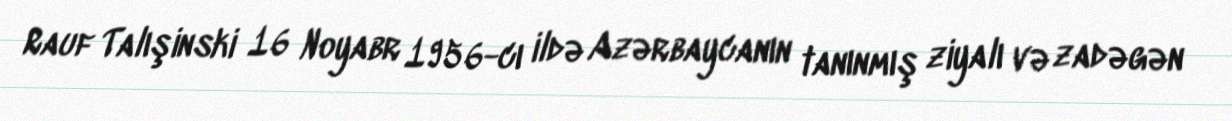
Rauf Talışinski 16 Noyabr 1956-cı ildə Azərbaycanın tanınmış ziyalı və zadəgən